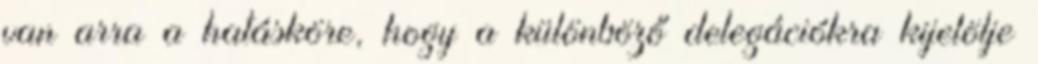
van arra a hatásköre, hogy a különböző delegációkra kijelölje